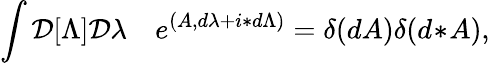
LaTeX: \int{\cal D}[\Lambda]{\cal D}\lambda\quad e^{(A,d\lambda+i\ast d\Lambda)}=\delta(dA)\delta(d\! \ast\! A),